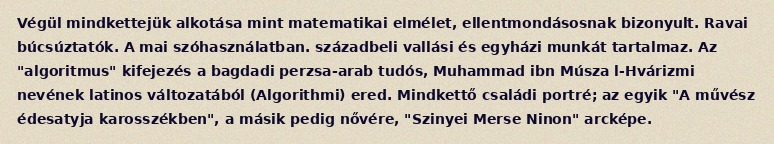
Végül mindkettejük alkotása mint matematikai elmélet, ellentmondásosnak bizonyult. Ravai búcsúztatók. A mai szóhasználatban. századbeli vallási és egyházi munkát tartalmaz. Az "algoritmus" kifejezés a bagdadi perzsa-arab tudós, Muhammad ibn Músza l-Hvárizmi nevének latinos változatából (Algorithmi) ered. Mindkettő családi portré; az egyik "A művész édesatyja karosszékben", a másik pedig nővére, "Szinyei Merse Ninon" arcképe.